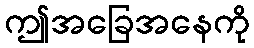
ဤအခြေအနေကို